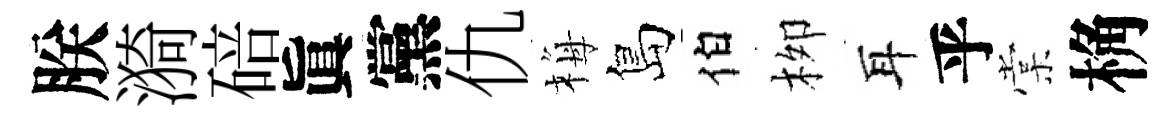
朕漪碚眞黨仇梅島伯栁耳乎棠桷